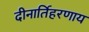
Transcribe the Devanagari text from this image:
दीनार्तिहरणाय